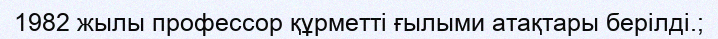
1982 жылы профессор құрметті ғылыми атақтары берілді.;